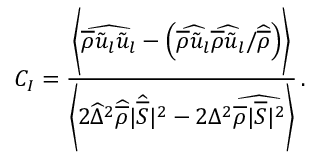
C _ { I } = \frac { \biggl \langle \widehat { \overline { { \rho } } \tilde { u } _ { l } \tilde { u } _ { l } } - \left( \widehat { \overline { { \rho } } \tilde { u } _ { l } } \widehat { \overline { { \rho } } \tilde { u } _ { l } } / \widehat { \overline { { \rho } } } \right) \biggr \rangle } { \biggl \langle 2 \widehat { \Delta } ^ { 2 } \widehat { \overline { { \rho } } } | \widehat { \overline { { S } } } | ^ { 2 } - 2 { \Delta } ^ { 2 } \widehat { \overline { { \rho } } | \overline { { S } } | ^ { 2 } } \biggr \rangle } \, \mathrm { . }